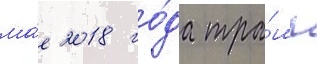
ма́е 2018 го́да тра́мп